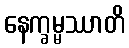
နေက္ခမ္မဿာတိ